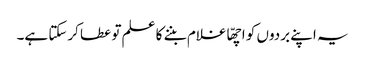
یہ اپنے بردوں کو اچھّا غلام بننے کا علم تو عطا کرسکتا ہے۔